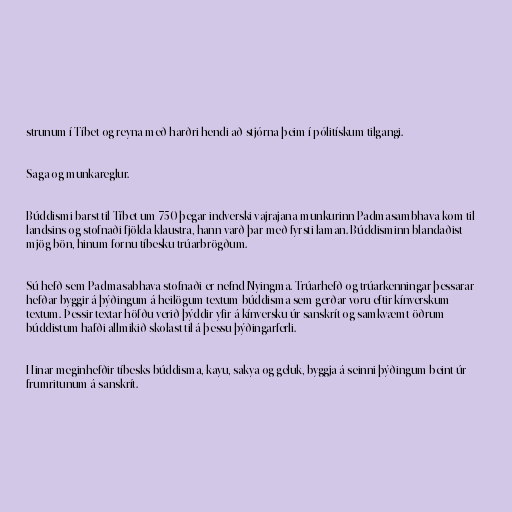
strunum í Tíbet og reyna með harðri hendi að stjórna þeim í pólitískum tilgangi.

Saga og munkareglur.

Búddismi barst til Tíbet um 750 þegar indverski vajrajana-munkurinn Padmasambhava kom til
landsins og stofnaði fjölda klaustra, hann varð þar með fyrsti laman. Búddisminn blandaðist
mjög bön, hinum fornu tíbesku trúarbrögðum.

Sú hefð sem Padmasabhava stofnaði er nefnd Nyingma. Trúarhefð og trúarkenningar þessarar
hefðar byggir á þýðingum á heilögum textum búddisma sem gerðar voru eftir kínverskum
textum. Þessir textar höfðu verið þýddir yfir á kínversku úr sanskrít og samkvæmt öðrum
búddistum hafði allmikið skolast til á þessu þýðingarferli.

Hinar meginhefðir tíbesks búddisma, kayu, sakya og geluk, byggja á seinni þýðingum beint úr
frumritunum á sanskrít.